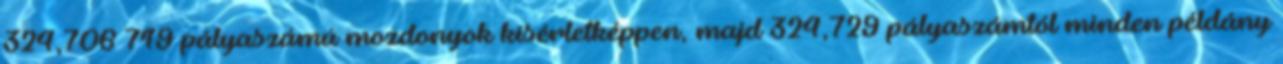
324,706–719 pályaszámú mozdonyok kísérletképpen, majd 324,729 pályaszámtól minden példány